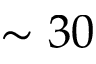
\sim 3 0